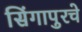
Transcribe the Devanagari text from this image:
सिंगापुरचे